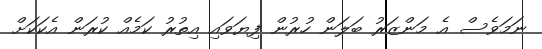
ނަމަވެސް އެ މަންޒަރު ބަލަން ހުރުން ފިޔަވައި އިތުރު ކަމެއް ކުރަން އެކަކަށް